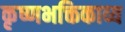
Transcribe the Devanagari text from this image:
कृष्णभक्तिकाव्य